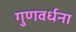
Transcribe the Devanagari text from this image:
गुणवर्धना